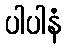
ပါပါနံ